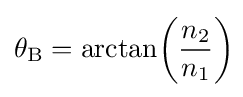
\theta _{\mathrm {B} }=\arctan \!\left({\frac {n_{2}}{n_{1}}}\right)\!